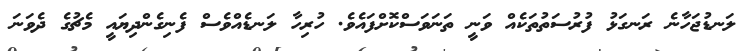
ލަނޑުޖަހާނެ ރަނގަޅު ފުރުސަތުތަކެއް ވަނީ ތަނަވަސްކޮށްފައެވެ. ހުރިހާ ލަނޑެއްވެސް ފެނިގެންދިޔައީ މެޗުގެ ދެވަނަ